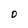
Character: 0